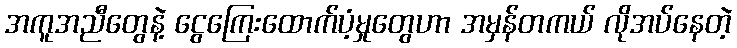
အကူအညီတွေနဲ့ ငွေကြေးထောက်ပံ့မှုတွေဟာ အမှန်တကယ် လိုအပ်နေတဲ့